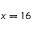
x = 1 6